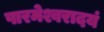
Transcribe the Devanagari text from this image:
पारमेश्वरादयं